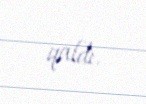
qaldı.